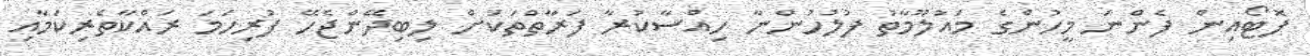
ފޮޓޯއިން ފެންނަ މީހުންގެ މައުލޫމާތު ފުލުހުންނާ ހިއްސާކުރާ ފަރާތްތަކަށް ލިބިދޭންޖެހޭ ފުރިހަމަ ރައްކާތެރިކަމާއި